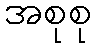
အစုစု